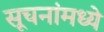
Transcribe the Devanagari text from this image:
सूचनांमध्ये